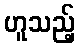
ဟူသည့်